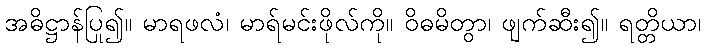
အဓိဋ္ဌာန်ပြု၍။ မာရဖလံ၊ မာရ်မင်းဖိုလ်ကို။ ဝိဓမိတွာ၊ ဖျက်ဆီး၍။ ရတ္တိယာ၊